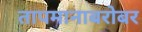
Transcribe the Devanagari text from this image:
तापमानाबरोबर